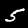
Digit: 5